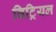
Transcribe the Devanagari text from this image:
विट्रियल